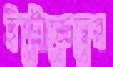
ইস্ট্রোজেনের